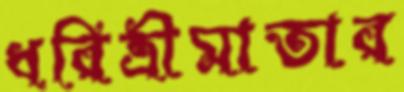
ধরিত্রীমাতার